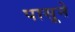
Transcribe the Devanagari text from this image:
पासूने